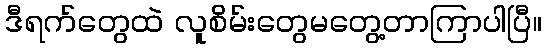
ဒီရက်တွေထဲ လူစိမ်းတွေမတွေ့တာကြာပါပြီ။